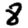
Digit: 8